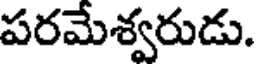
పరమేశ్వరుడు.